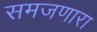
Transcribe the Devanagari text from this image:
समजणारा